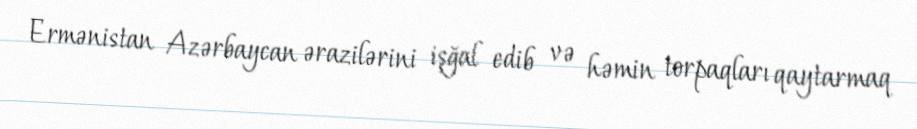
Ermənistan Azərbaycan ərazilərini işğal edib və həmin torpaqları qaytarmaq